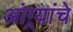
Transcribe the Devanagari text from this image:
आंग्र्यांचे